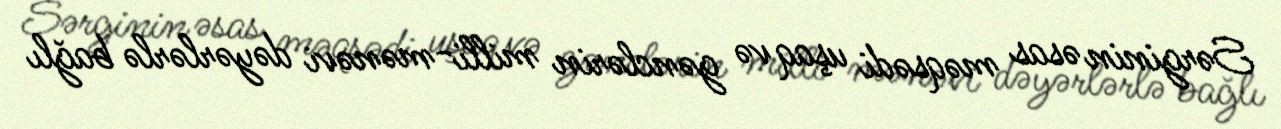
Sərginin əsas məqsədi uşaq və gənclərin milli-mənəvi dəyərlərlə bağlı